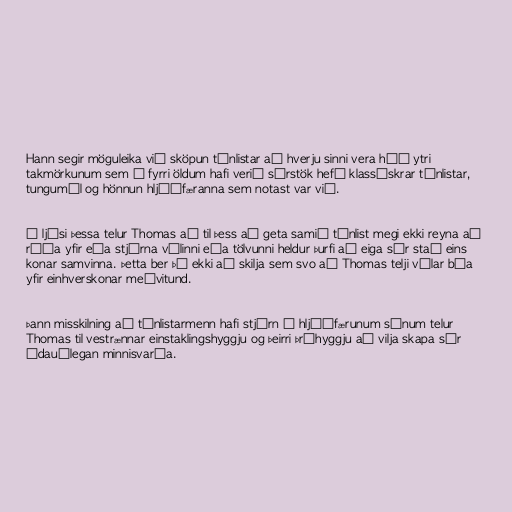
Hann segir möguleika við sköpun tónlistar að hverju sinni vera háð ytri
takmörkunum sem á fyrri öldum hafi verið sérstök hefð klassískrar tónlistar,
tungumál og hönnun hljóðfæranna sem notast var við.

Í ljósi þessa telur Thomas að til þess að geta samið tónlist megi ekki reyna að
ráða yfir eða stjórna vélinni eða tölvunni heldur þurfi að eiga sér stað eins
konar samvinna. Þetta ber þó ekki að skilja sem svo að Thomas telji vélar búa
yfir einhverskonar meðvitund.

Þann misskilning að tónlistarmenn hafi stjórn á hljóðfærunum sínum telur
Thomas til vestrænnar einstaklingshyggju og þeirri þráhyggju að vilja skapa sér
ódauðlegan minnisvarða.